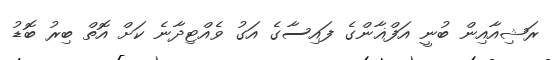
ރަޝިއާއިން ބުނީ އަަފްޣާންގެ ފައިސާގެ އަގު ވެއްޓިދާނެ ކަށް އޮތް ބިރު ބޮޑު